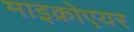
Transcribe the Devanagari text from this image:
माइक्रोएयर